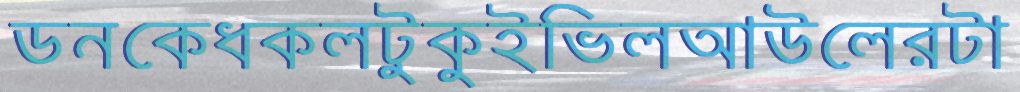
ডনকেধকলটুকুইভিলআউলেরটা